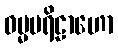
ဓမ္မပရိဠာဟော